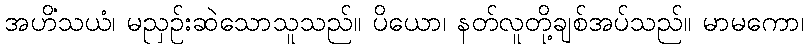
အဟိံသယံ၊ မညှဉ်းဆဲသောသူသည်။ ပိယော၊ နတ်လူတို့ချစ်အပ်သည်။ မာမကော၊